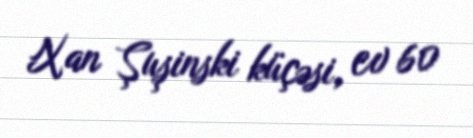
Xan Şuşinski küçəsi, ev 60